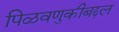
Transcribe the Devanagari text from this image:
पिळवणुकीबद्दल